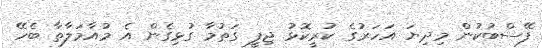
ފޭސްބުކުން މިދިޔަ އަހަރުގެ ކުރީކޮޅު ޖިފީ ގަތުމާ ގުޅިގެން އެ މުއާމަލާތާ ބެހޭ